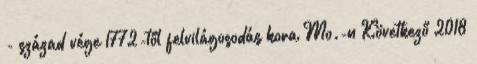
- század vége 1772-től felvilágosodás kora Mo.-n Következő 2018